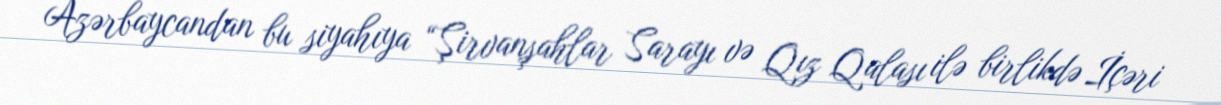
Azərbaycandan bu siyahıya “Şirvanşahlar Sarayı və Qız Qalası ilə birlikdə İçəri